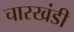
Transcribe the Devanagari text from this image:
चारखंडी